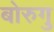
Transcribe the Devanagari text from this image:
बोरुगु